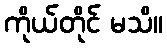
ကိုယ်တိုင် မသိ။